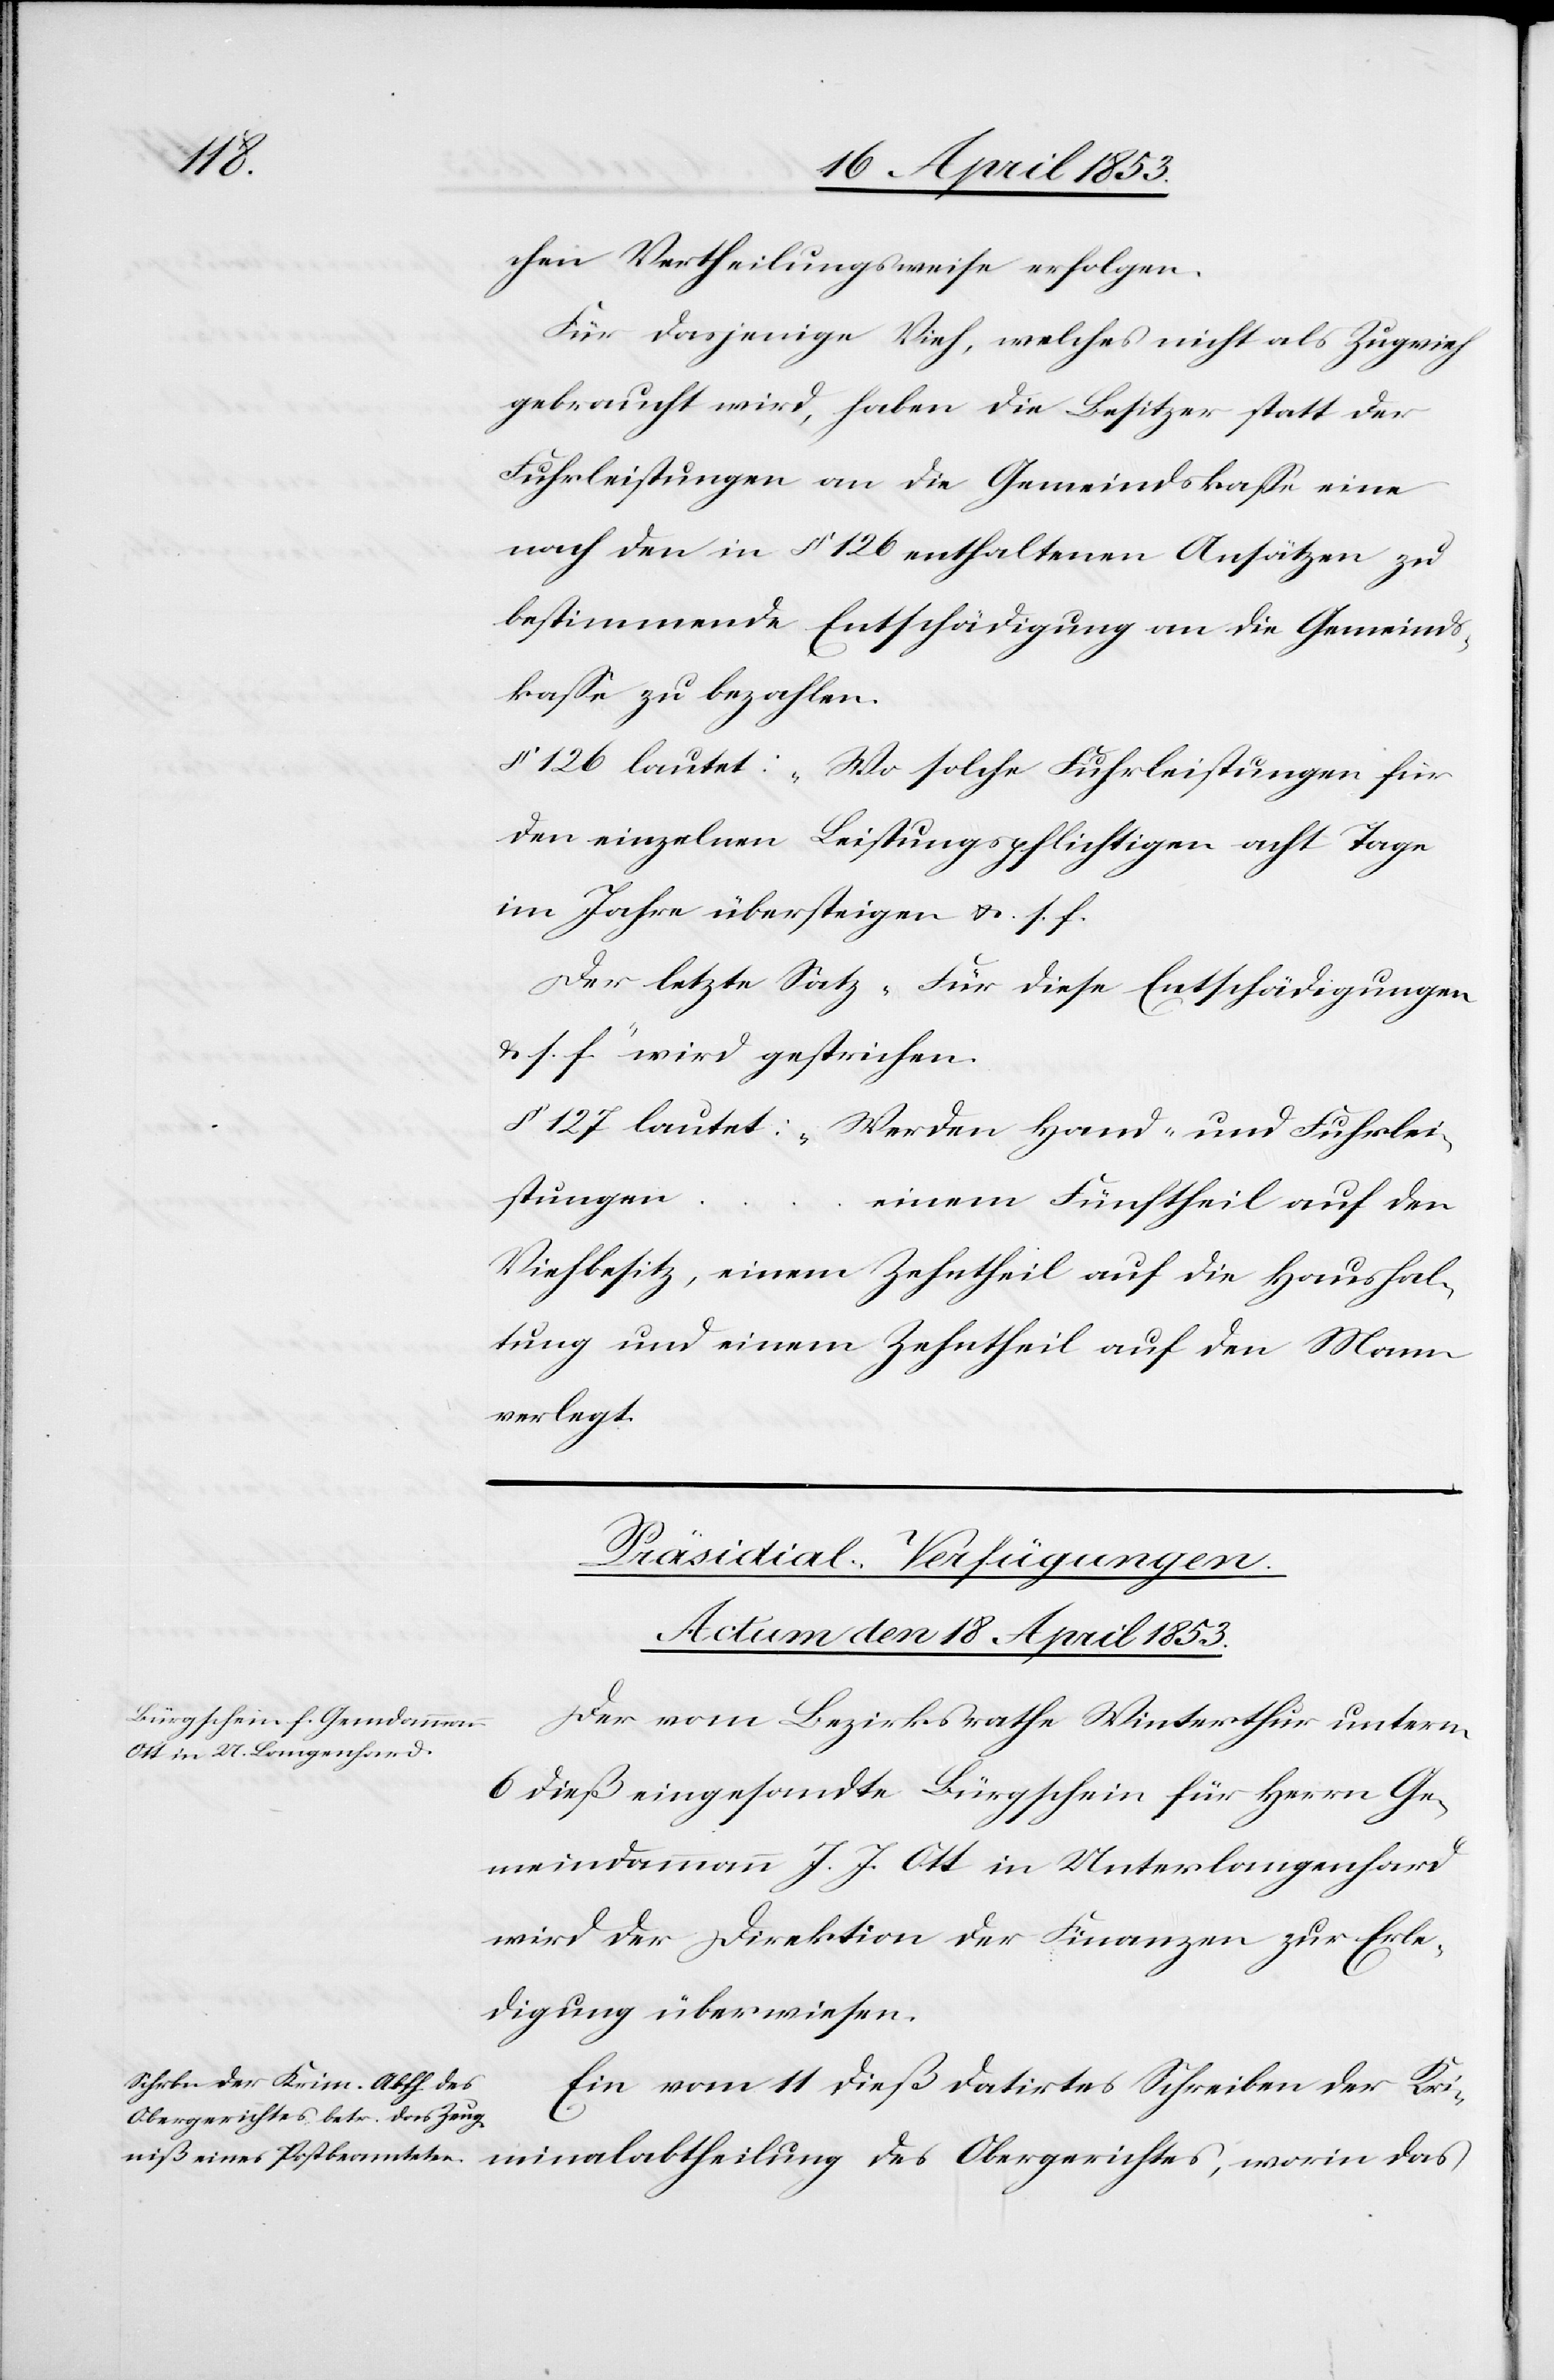
chen Vertheilungsweise erfolgen.
Für dasjenige Vieh, welches nicht als Zugvieh
gebraucht wird, haben die Besitzer statt der
Fuhrleistungen an die Gemeindskaße eine
nach den in § 126 enthaltenen Ansätzen zu
bestimmende Entschädigung an die Gemeinds¬
kaße zu bezahlen.
§ 126 lautet: „Wo solche Fuhrleistungen für
den einzelnen Leistungspflichtigen acht Tage
im Jahre übersteigen u. s. f.
Der letzte Satz „Für diese Entschädigungen
u. s. f.“ wird gestrichen.
§ 127 lautet: „Werden Hand- und Fuhrlei¬
stungen
einen Fünftheil auf den
Viehbesitz, einen Zehntheil auf die Haushal¬
tung und einen Zehnteil auf den Mann
verlegt.
[Präsidial-Verfügungen.
Actum den 18. April 1853.]
Der vom Bezirksrathe Winterthur unterm
6 dieß eingesandte Bürgschein für Herrn Ge¬
meindammann J. J. Ott in Unterlangenhard
wird der Direktion der Finanzen zur Erle¬
digung überwiesen.
Ein vom 11 dieß datirtes Schreiben der Kri¬
minalabtheilung des Obergerichtes, worin das